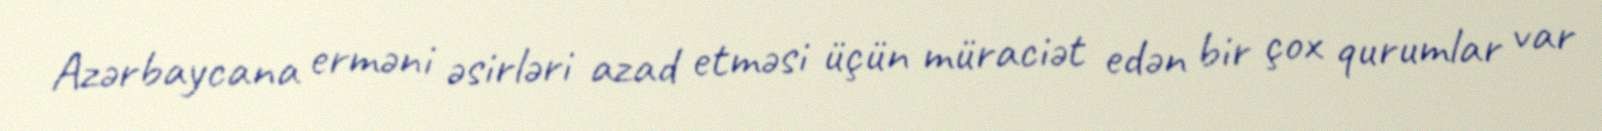
Azərbaycana erməni əsirləri azad etməsi üçün müraciət edən bir çox qurumlar var